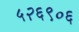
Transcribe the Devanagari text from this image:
५२६९०६